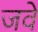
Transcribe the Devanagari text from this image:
जवे